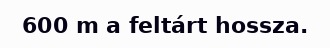
600 m a feltárt hossza.